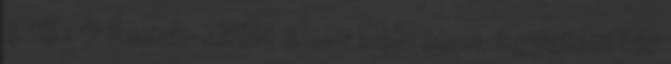
4 fõ : 6 Észak-Alföld 4010 Debrecen, Egyetem tér